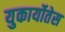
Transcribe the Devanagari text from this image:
युकार्योतेस